[Report on the health of British troops in the Madras command]
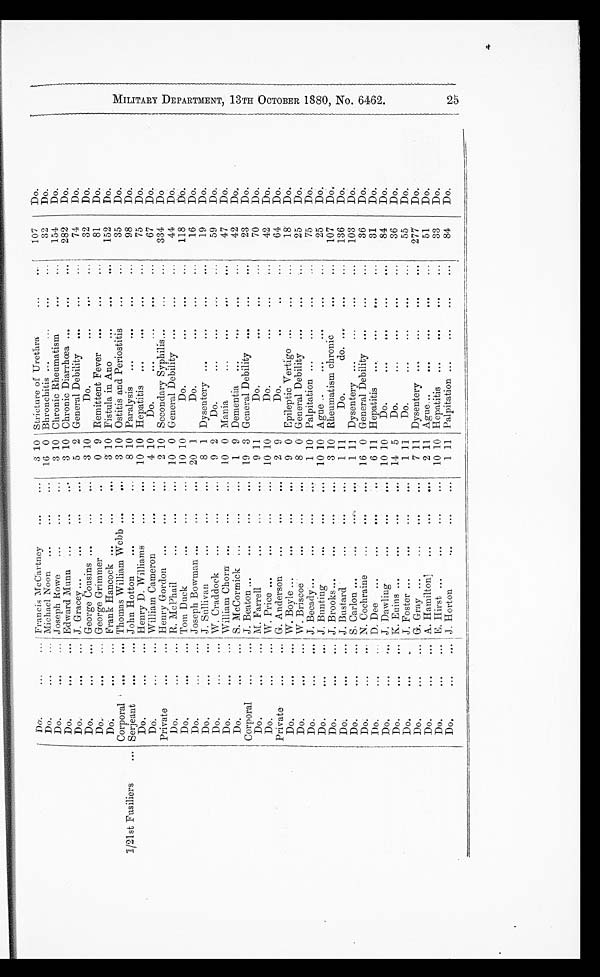
Do.
...
... Francis McCartney
...
. . .
3
10
Stricture of Urethra
...
...
107
Do.
MI LI TARY DEPARTMENT, 13TH OCTOBER 1880, NO. 6462. 25
Do.
...
... Michael Noon
...
...
. . . 16 10 Bhronchitis ...
...
...
...
32
Do.
Do.
...
... Joseph Rowe
...
...
. . . 3 10 Chronic Rheumatism
...
...
154
Do.
Do.
...
... Edward Munn ...
...
. . .
3 10 Chronic Diarrhœa ...
...
...
282
Do
Do.
... ...
J. Gracey ...
...
...
. . .
5 2 General Debility
...
...
...
74
Do.
Do.
...
...
George Cousins ...
...
. . .
3 10
Do.
...
...
...
32
Do.
Do,
...
... George Grimmer
...
...
0 9 Remittent Fever ...
...
...
81
Do.
Do.
...
... Frank Hancock ...
...
. . .
3 10 Fistula in Ano
...
...
...
152
Do.
Corporal ...
... Thomas William Webb ...
. . .
3 10 Ostitis and Periostitis
...
...
35
Do.
1/21st Fusiliers
. . . Serjent
...
... John Hotton
...
...
. . .
8 10 Paralysis
...
. . .
...
...
98
Do.
Do.
...
... Henry D. Williams
...
. . . 10 10 Hepatitis ...
...
...
...
75
Do.
Do.
...
... William Cameron
...
. . .
4 10
Do.
...
...
...
...
67
Do
Private
...
... Henry Gordon ...
...
. . .
2 10 Secondary Syphilis...
...
...
334 Do.
Do.
...
... R. McPhail
...
...
. . . 10 0 General Debility ...
...
...
44
Do.
Do.
...
... Tom Duck
...
...
. . . 10 10
Do. . . .
...
...
118
Do.
Do.
Do.
. . .
. . .
. . .
. . . Joseph Bowman ...
J. Sullivan
...
... ...
. . .
. . . 20 1
8 1
Do.
. . .
Dysentery ...
...
. . .
. . .
. . .
. . .
16
19
Do.
Do.
Do.
...
... W. Craddock
...
...
. . .
9 2
Do.
...
. . .
...
...
59
Do.
Do.
...
... William Chorn ...
...
. . . 10 0 Mania
...
. . .
...
...
47
Do.
Do.
...
... S. McCormick ...
...
. . .
1 9 Dementia ...
...
...
...
42
Do.
Corporal
...
... J. Beaton ...
...
...
. . . 19 3 General Debility ...
...
...
23
Do.
Do.
... ...
M. Farrell
...
...
. . .
9 11
Do.
...
...
...
70
Do.
Do.
...
... W. Price ...
...
...
. . . 10 10
Do.
. . .
...
...
42
Do.
Private
...
... G. Anderson
...
...
. . .
2 9
Do.
..
...
...
64
Do.
Do.
...
... W. Boyle ...
...
...
. . .
9 0 Epileptic Vertigo ...
...
...
18
Do.
Do.
...
... W. Briscoe
...
...
. . .
8 0 General Debility ...
...
...
25
Do.
Do.
...
... J. Becady...
...
...
. . .
1 10 Palpitation ...
. . .
...
...
75
Do.
Do.
...
... J. Bunting
...
...
. . . 10 10 Ague ..
...
...
...
...
25
Do
Do.
...
...
J. Brooks... ...
...
. . .
3 10 Rheumatism chronic
...
...
107
Do
Do.
...
... J. Bustard
...
...
. . .
1 11
Do.
do. ...
...
...
136
Do.
Do.
...
...
S. Carlon ... ...
...
. . .
1 11 Dysentery ...
...
...
...
103
Do.
Do.
...
... N. Cochraine
...
...
. . . 16 0 General Debility ...
...
...
36
Do.
Do.
...
... D. Dee ...
...
...
. . .
6 11 Hepatitis
...
. . .
...
...
31
Do.
Do.
...
... J. Dawling
...
...
. . . 10 10
Do.
...
. . .
...
...
84
Do.
Do.
...
... K. Euins ...
...
...
. . . 14 5
Do.
...
. . .
...
...
36
Do.
Do.
...
... J. Foster ...
...
...
. . .
1 11
Do.
...
. . .
...
...
55
Do.
Do.
...
... G. Gray ...
...
...
. . .
7 11 Dysentery ...
...
...
...
277
Do.
Do.
...
... A. Hamilton
...
...
. . .
2 11 Ague ... ...
...
...
51
Do.
Do.
...
... E. Hirst ...
...
...
. . . 10 10 Hepatitis
...
. . .
...
...
33
Do.
Do.
...
...
Horton
...
....
. . .
1 11 Palpitation ...
. . .
...
...
84
Do.